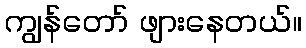
ကျွန်တော် ဖျားနေတယ်။